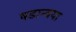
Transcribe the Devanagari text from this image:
षडान्वया